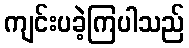
ကျင်းပခဲ့ကြပါသည်